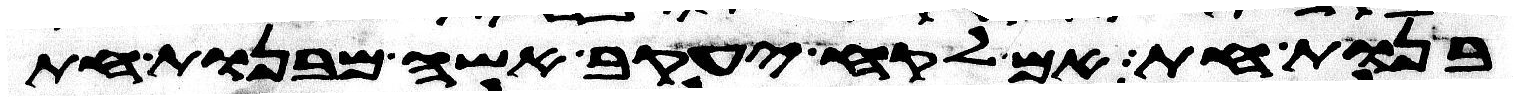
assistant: בנות חת אם לקח יעקב אשה מבנות חת